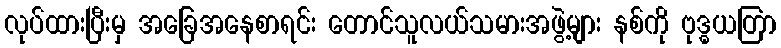
လုပ်ထားပြီးမှ အခြေအနေစာရင်း တောင်သူလယ်သမားအဖွဲ့များ နစ်ကို ဗုဒ္ဓယတြာ